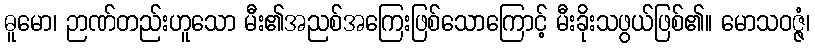
ဓူမော၊ ဉာဏ်တည်းဟူသော မီး၏အညစ်အကြေးဖြစ်သောကြောင့် မီးခိုးသဖွယ်ဖြစ်၏။ မောသဝဇ္ဇံ၊